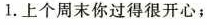
1. 上个周末你过得很开心；